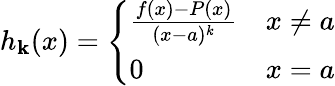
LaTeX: h_{\mathbf{k}}(x)={\left\{ \begin{array}{ll}{{\frac{f(x)-P(x)}{(x-a)^{k}}}}&{x\not=a}\\ {0}&{x=a}\end{array}\right.}